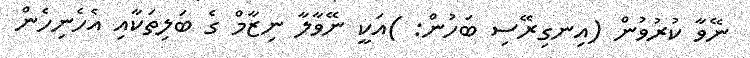
ނޭވާ ކުރުވުން (އިނގިރޭސި ބަހުން: )އަކީ ނޭވާލާ ނިޒާމް ގެ ބަލިތަކާއި އެހެނިހެން